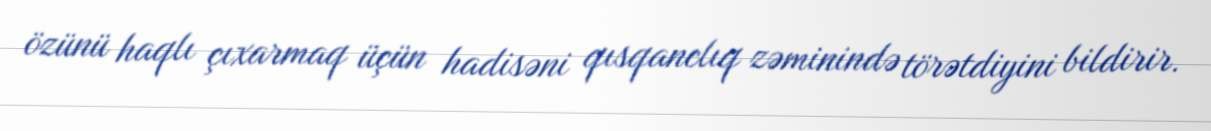
özünü haqlı çıxarmaq üçün hadisəni qısqanclıq zəminində törətdiyini bildirir.